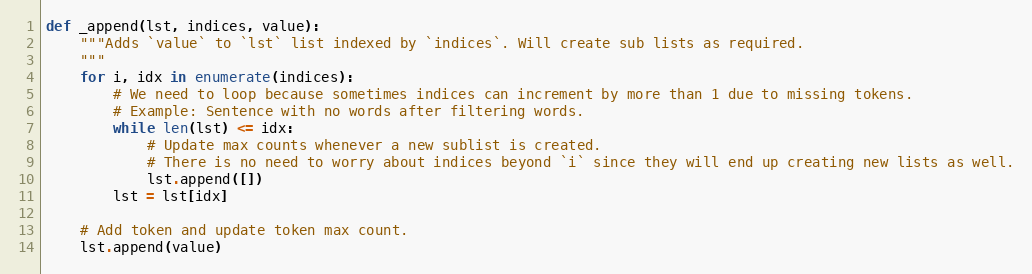
Language: Python
def _append(lst, indices, value):
    """Adds `value` to `lst` list indexed by `indices`. Will create sub lists as required.
    """
    for i, idx in enumerate(indices):
        # We need to loop because sometimes indices can increment by more than 1 due to missing tokens.
        # Example: Sentence with no words after filtering words.
        while len(lst) <= idx:
            # Update max counts whenever a new sublist is created.
            # There is no need to worry about indices beyond `i` since they will end up creating new lists as well.
            lst.append([])
        lst = lst[idx]

    # Add token and update token max count.
    lst.append(value)